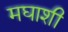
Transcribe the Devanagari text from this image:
मघाशी